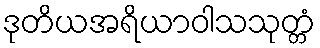
ဒုတိယအရိယာဝါသသုတ္တံ